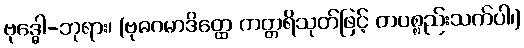
ဗုဒ္ဓေါ-ဘုရား၊ (ဗုဓဂမာဒိတ္ထေ ကတ္တရိသုတ်ဖြင့် တပစ္စည်းသက်ပါ၊)